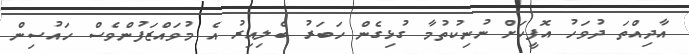
އާދިއްތަ ދުވަހު އޮފީހަށް ނުނިކުތުމާ ގުޅިގެން ހަބަރު ބެލިއިރު އެ މުވައްޒަފުންވެސް ހައުސިން